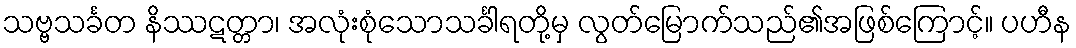
သဗ္ဗသင်္ခတ နိဿဋတ္တာ၊ အလုံးစုံသောသင်္ခါရတို့မှ လွတ်မြောက်သည်၏အဖြစ်ကြောင့်။ ပဟီန